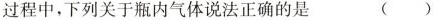
过程中，下列关于瓶内气体说法正确的是 ( )